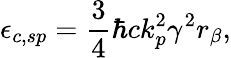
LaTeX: \epsilon_{c,sp}=\frac{3}{4}\hbar ck_{p}^{2}\gamma^{2}r_{\beta},